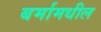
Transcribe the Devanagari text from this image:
बर्मामधील